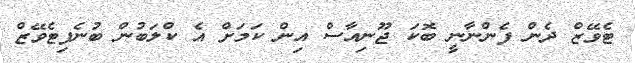
ޓެވޭޒް ދެން ފެންނާނީ ބޮކަ ޖޫނިއާސް އިން ކަމަށް އެ ކްލަބުން ބުނެފިޓެވޭޒް